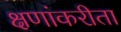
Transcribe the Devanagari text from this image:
क्षणांकरीता